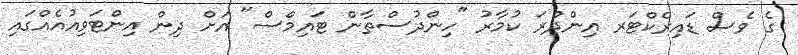
ގެ ވެސް ޑައިރެކްޓަރ އިންދްރަ ކުމާރު "ހިންދުސްތާން ޓައިމްސް" އަށް ދިން އިންޓަވިއުއެއްގައި